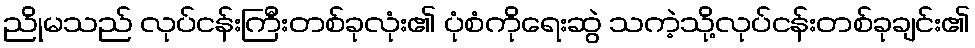
ညိုမသည် လုပ်ငန်းကြီးတစ်ခုလုံး၏ ပုံစံကိုရေးဆွဲ သကဲ့သို့လုပ်ငန်းတစ်ခုချင်း၏